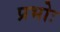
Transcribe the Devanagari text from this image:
प्रभोः